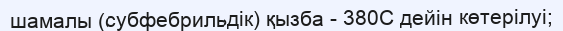
шамалы (субфебрильдік) қызба - 380С дейін көтерілуі;